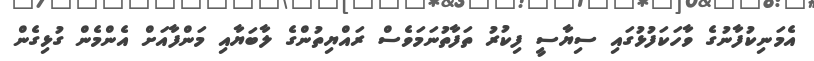
އެމަނިކުފާނުގެ ވާހަކަފުޅުގައި ސިޔާސީ ފިކުރު ތަފާތުނަމަވެސް ރައްޔިތުންގެ ލާބަޔާއި މަންފާއަށް އެންމެން ގުޅިގެން